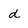
Character: d